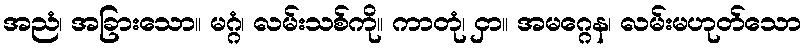
အညံ၊ အခြားသော။ မဂ္ဂံ၊ လမ်းသစ်ကို။ ကာတုံ၊ ငှာ။ အမဂ္ဂေန၊ လမ်းမဟုတ်သော